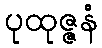
ပုထုဇ္ဇနံ